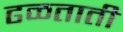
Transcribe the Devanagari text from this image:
ढळताती